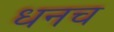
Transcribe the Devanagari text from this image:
धनच